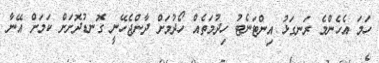
ހަމަ އެހެންމެ ރަނގަޅު އިންޓަނެޓު ހިދުމަތެއް ހޯދުމަށް ދާންޖެހޭނީ ގޮނޑުދޮށަށް ކަމަށް އޭނާ